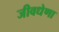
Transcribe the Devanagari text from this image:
जीवधेणा